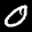
Label: 0